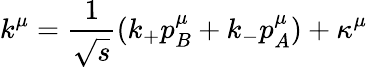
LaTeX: k^{\mu}={\frac{1}{\sqrt s}}(k_{+}p_{B}^{\mu}+k_{-}p_{A}^{\mu})+\kappa^{\mu}